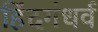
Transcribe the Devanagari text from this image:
हिंदगंधर्व